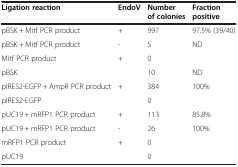
<table><thead><tr><td><b>Ligation reaction</b></td><td><b>EndoV</b></td><td><b>Number of colonies</b></td><td><b>Fraction positive</b></td></tr></thead><tbody><tr><td>pBSK + Mitf PCR product</td><td>+</td><td>997</td><td>97.5% (39/40)</td></tr><tr><td>pBSK + Mitf PCR product</td><td>-</td><td>5</td><td>ND</td></tr><tr><td>Mitf PCR product</td><td>+</td><td>0</td><td> </td></tr><tr><td>pBSK</td><td> </td><td>10</td><td>ND</td></tr><tr><td>pIRES2-EGFP + AmpR PCR product</td><td>+</td><td>384</td><td>100%</td></tr><tr><td>pIRES2-EGFP</td><td> </td><td>0</td><td> </td></tr><tr><td>pUC19 + mRFP1 PCR product</td><td>+</td><td>113</td><td>85.8%</td></tr><tr><td>pUC19 + mRFP1 PCR product</td><td>-</td><td>26</td><td>100%</td></tr><tr><td>mRFP1 PCR product</td><td>+</td><td>0</td><td> </td></tr><tr><td>pUC19</td><td> </td><td>0</td><td> </td></tr></tbody></table>